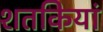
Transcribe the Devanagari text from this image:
शतकियां